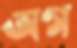
অগ